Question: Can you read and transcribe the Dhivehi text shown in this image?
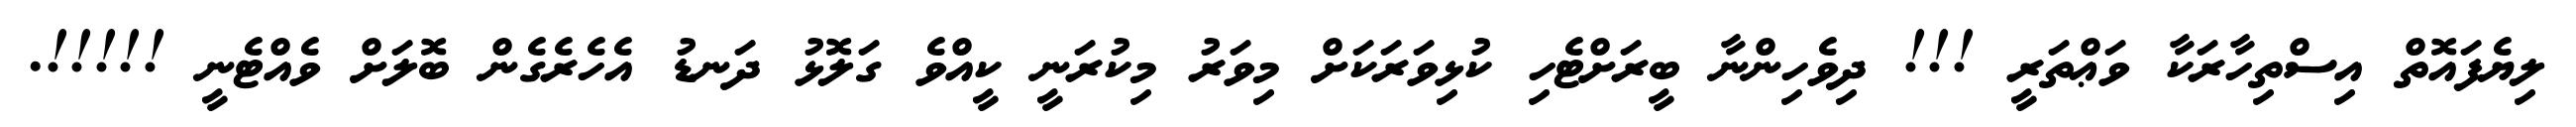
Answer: ލިޔެފައޮތް އިސްތިހާރަކާ ވަޢްތަރީ !!! ދިވެހިންނާ ބީރަށްޓެހި ކުޅިވަރަކަށް މިވަރު މިކުރަނީ ކީއްވެ ގަލޮޅު ދަނޑު އެހެރެގެން ބޮލަށް ވެއްޓެނީ !!!!!.